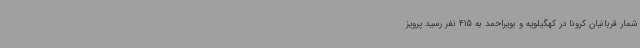
شمار قربانیان کرونا در کهگیلویه و بویراحمد به 415 نفر رسید پرویز